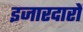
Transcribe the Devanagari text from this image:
इजारदारों